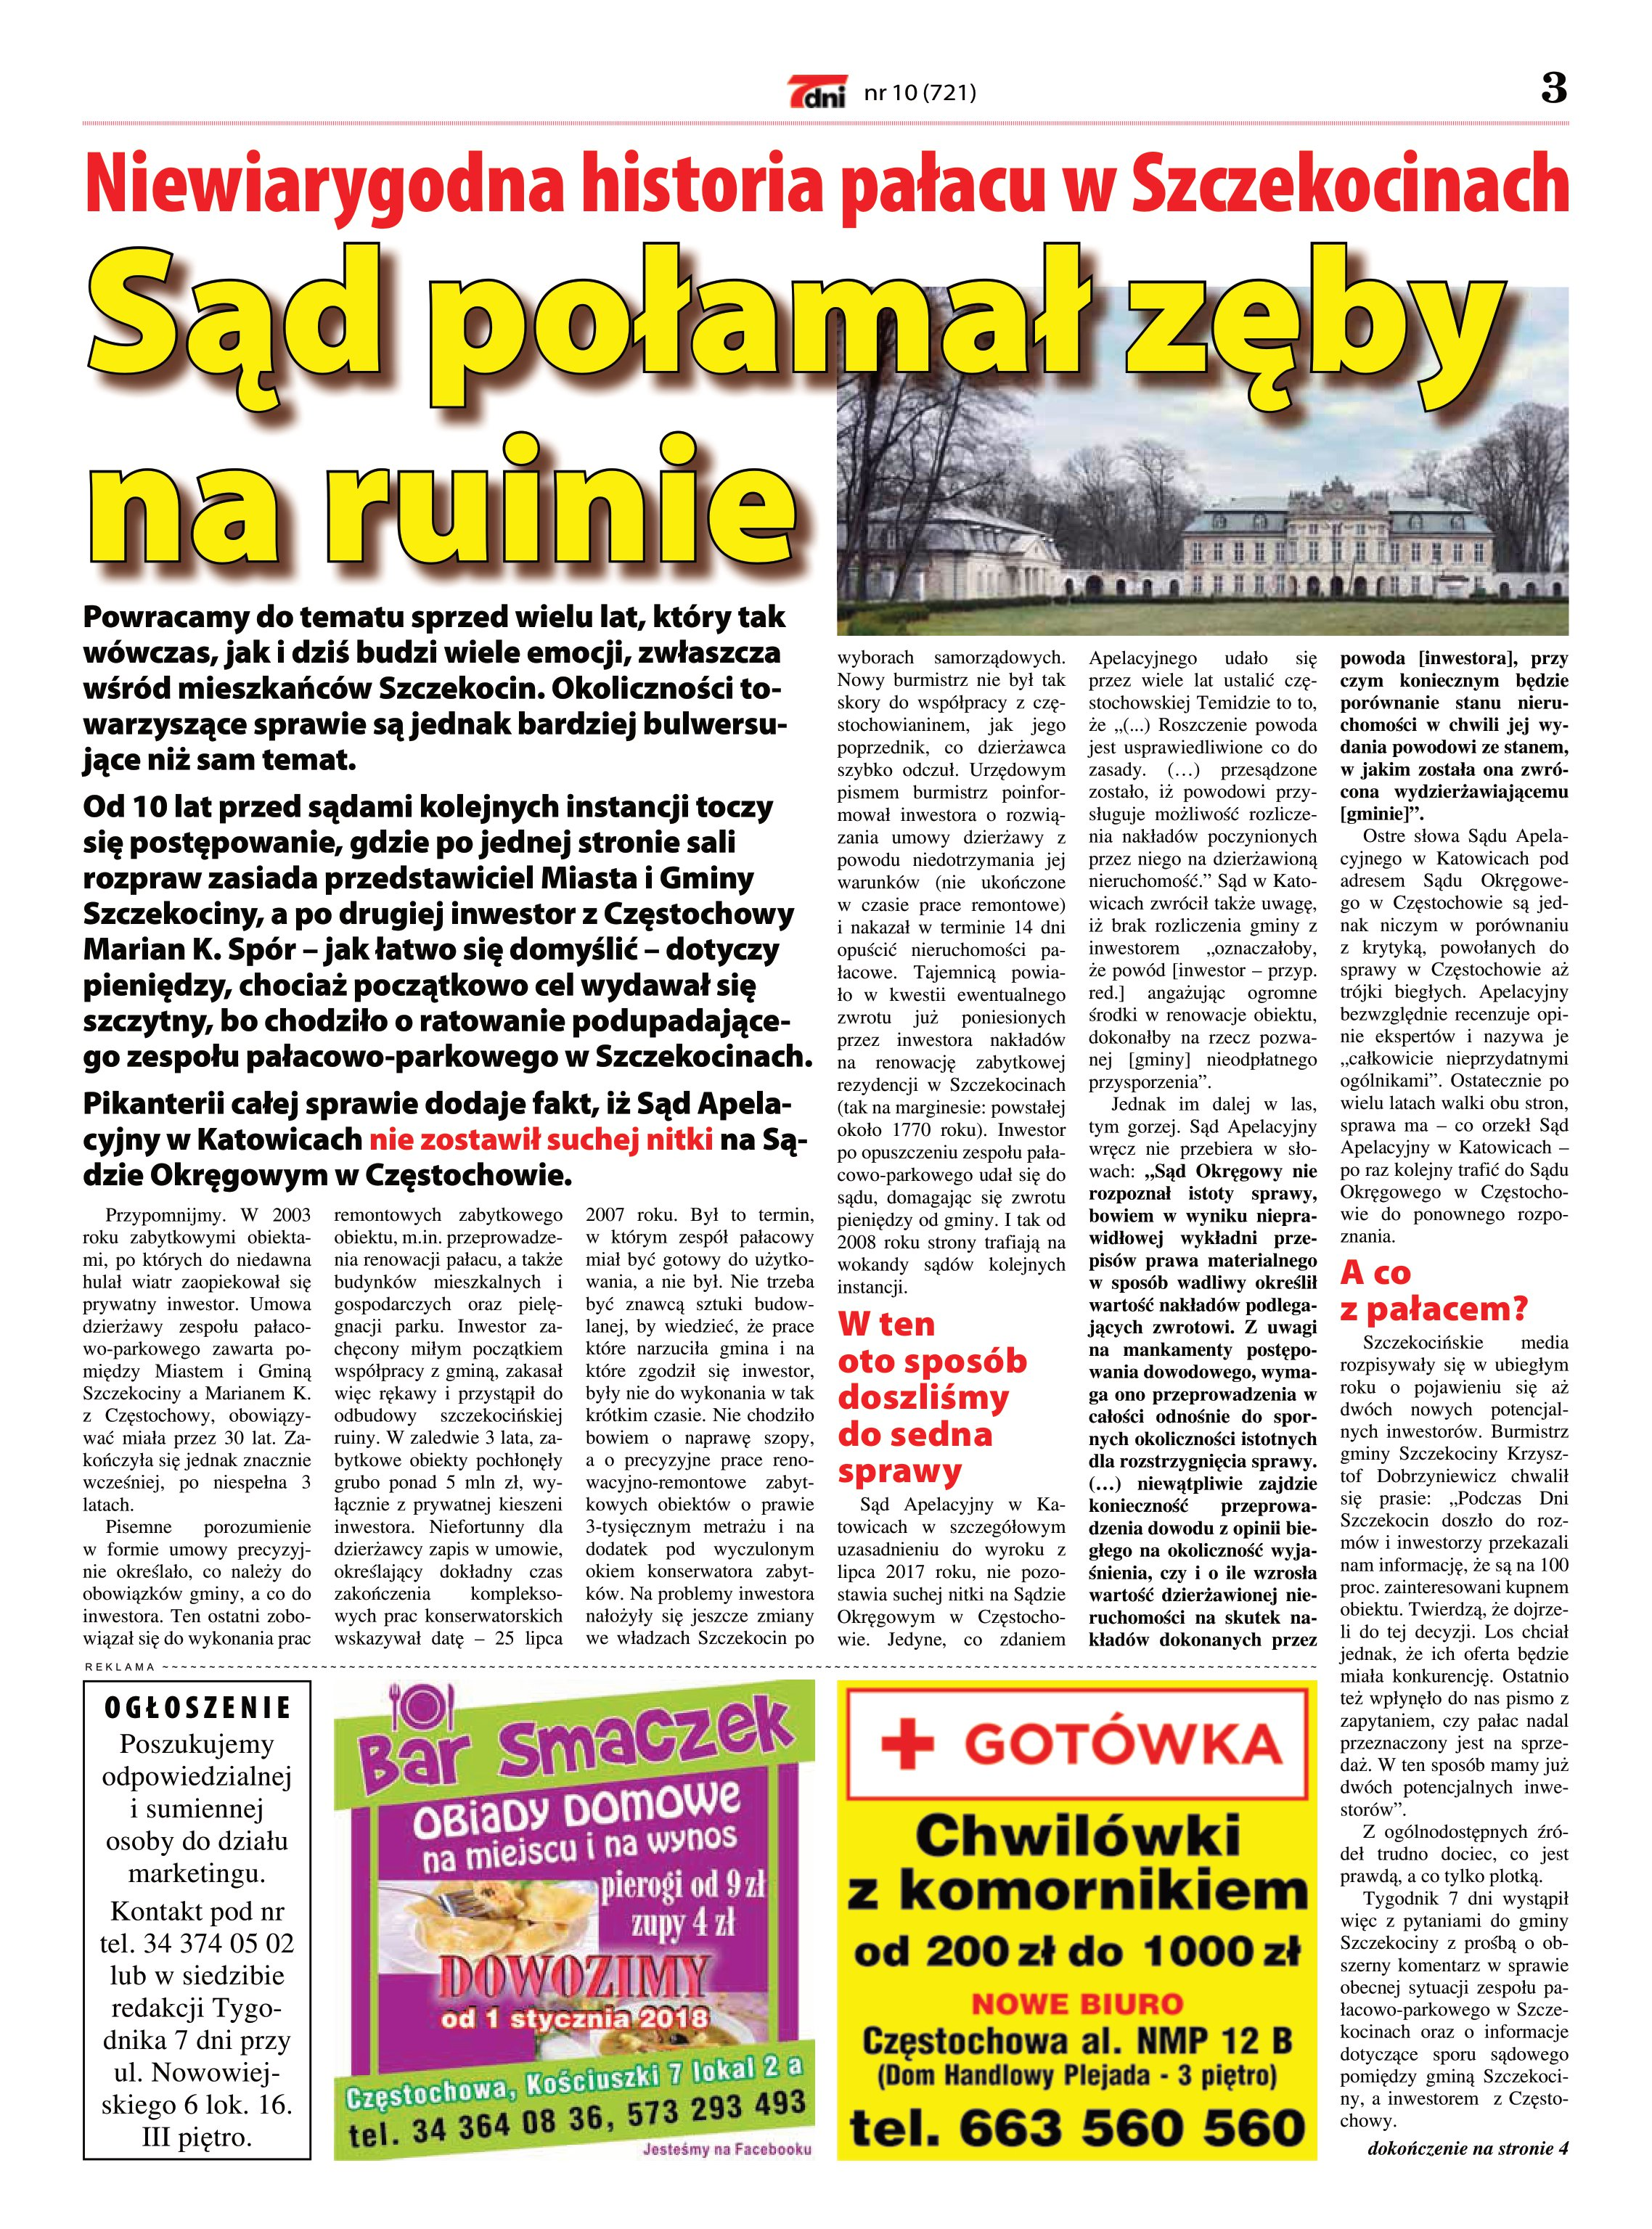
Language: pl